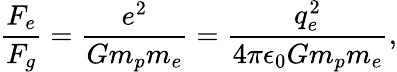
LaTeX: \frac{F_{e}}{F_{g}}=\frac{e^{2}}{Gm_{p}m_{e}}=\frac{q_{e}^{2}}{4\pi\epsilon_{0}Gm_{p}m_{e}},